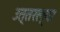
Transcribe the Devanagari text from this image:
उत्तरल्या